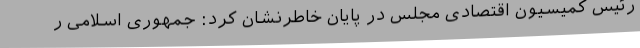
رئیس کمیسیون اقتصادی مجلس در پایان خاطرنشان کرد:‌ جمهوری اسلامی ر